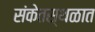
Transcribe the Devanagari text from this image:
संकेतस्थळात